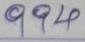
994